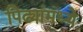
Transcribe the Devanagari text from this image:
पिढ्यांमध्ये